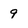
Character: 9